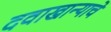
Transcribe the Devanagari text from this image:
दवाखान्याचे